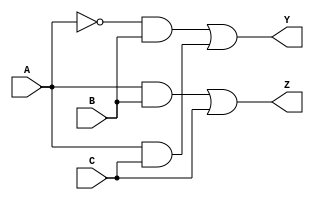
module reduced_logic_block (
    input wire A,  // Input A
    input wire B,  // Input B
    input wire C,  // Input C
    output wire Y, // Output Y
    output wire Z  // Output Z
);

// Internal signals for intermediate logic
wire A_not; // NOT A
wire AB;    // A AND B
wire AC;    // A AND C
wire A_B;   // A' AND B
wire C_out; // C

// Logic gates implementation
assign A_not = ~A;            // NOT A
assign AB = A & B;            // A AND B
assign AC = A & C;            // A AND C
assign A_B = A_not & B;       // A' AND B

// Output logic
assign Y = A_B | AC;          // Y = A'B + AC
assign Z = AB | C;            // Z = AB + C

endmodule